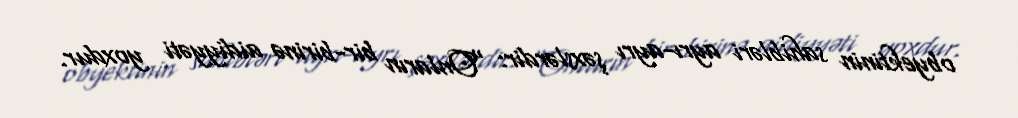
obyektinin sahibləri ayrı-ayrı şəxslərdir: “Onların bir-birinə aidiyyəti yoxdur.